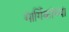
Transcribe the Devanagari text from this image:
मार्गिकांच्या